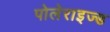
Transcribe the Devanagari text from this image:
पोलेराइज्ड